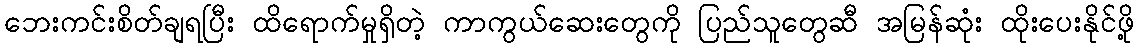
ဘေးကင်းစိတ်ချရပြီး ထိရောက်မှုရှိတဲ့ ကာကွယ်ဆေးတွေကို ပြည်သူတွေဆီ အမြန်ဆုံး ထိုးပေးနိုင်ဖို့